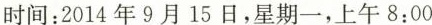
时间：2014年9月15日，星期一，上午8:00